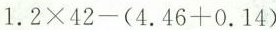
$$1.2\times 42-(4.46+0.14)$$